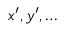
x ^ { \prime } , y ^ { \prime } , \ldots